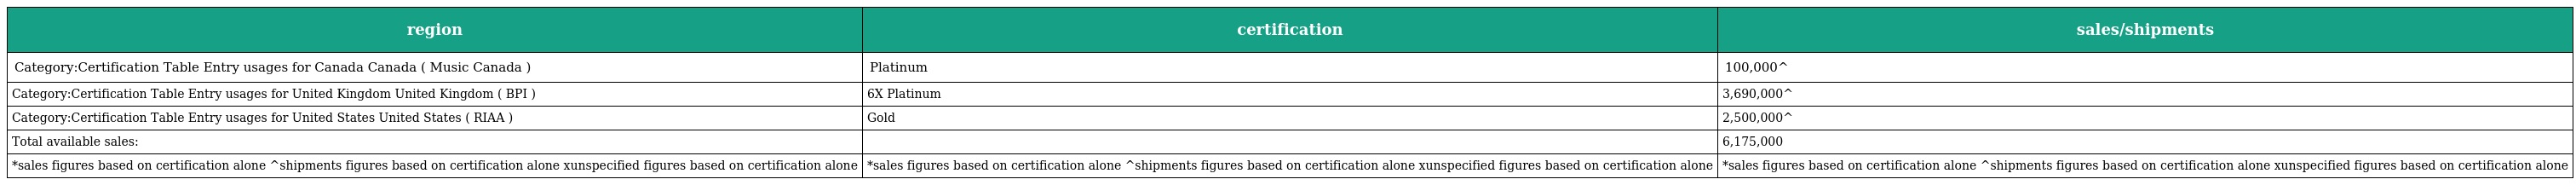
| region | certification | sales/shipments |
 | --- | --- | --- |
 | Category:Certification Table Entry usages for Canada Canada ( Music Canada ) | Platinum | 100,000^ |
 | Category:Certification Table Entry usages for United Kingdom United Kingdom ( BPI ) | 6X Platinum | 3,690,000^ |
 | Category:Certification Table Entry usages for United States United States ( RIAA ) | Gold | 2,500,000^ |
 | Total available sales: |  | 6,175,000 |
 | *sales figures based on certification alone ^shipments figures based on certification alone xunspecified figures based on certification alone | *sales figures based on certification alone ^shipments figures based on certification alone xunspecified figures based on certification alone | *sales figures based on certification alone ^shipments figures based on certification alone xunspecified figures based on certification alone |